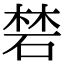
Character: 𥓙